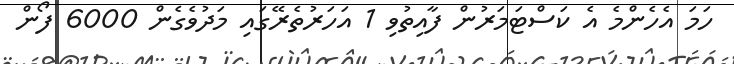
ހަމަ އެހެންމެ އެ ކަސްޓަމަރުން ފާއިތުވި 1 އަހަރުތެރޭގައި މަދުވެގެން 6000 ފޯން